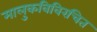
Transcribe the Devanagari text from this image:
मालुकविविरचित